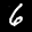
Label: 6